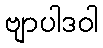
ဗျာပါဒဝါ